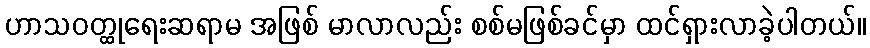
ဟာသဝတ္ထုရေးဆရာမ အဖြစ် မာလာလည်း စစ်မဖြစ်ခင်မှာ ထင်ရှားလာခဲ့ပါတယ်။